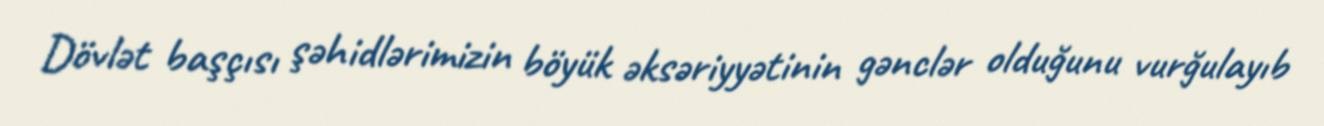
Dövlət başçısı şəhidlərimizin böyük əksəriyyətinin gənclər olduğunu vurğulayıb